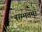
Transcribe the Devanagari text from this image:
सम्मतम्।